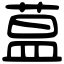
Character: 蒀